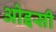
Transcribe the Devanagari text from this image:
ओइसी